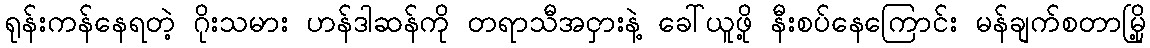
ရုန်းကန်နေရတဲ့ ဂိုးသမား ဟန်ဒါဆန်ကို တရာသီအငှားနဲ့ ခေါ်ယူဖို့ နီးစပ်နေကြောင်း မန်ချက်စတာမြို့